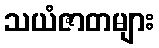
သယံဇာတများ